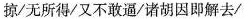
掠/无所得/又不敢逼/诸胡因即解去/